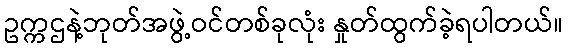
ဥက္ကဌနဲ့ဘုတ်အဖွဲ့ဝင်တစ်ခုလုံး နှုတ်ထွက်ခဲ့ရပါတယ်။